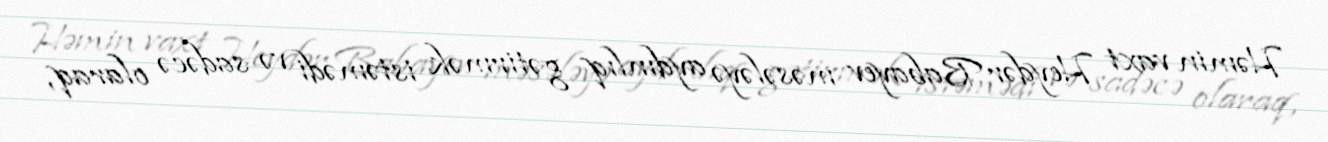
Həmin vaxt Heydər Babayev məsələyə aydınlıq gətirmək istəmədi və sadəcə olaraq,